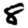
Digit: 8